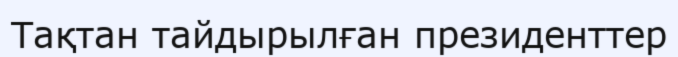
Тақтан тайдырылған президенттер